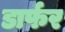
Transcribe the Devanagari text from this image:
डार्फर